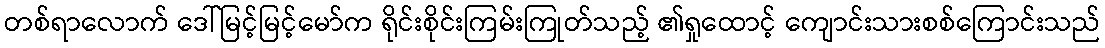
တစ်ရာလောက် ဒေါ်မြင့်မြင့်မော်က ရိုင်းစိုင်းကြမ်းကြုတ်သည့် ၏ရှုထောင့် ကျောင်းသားစစ်ကြောင်းသည်